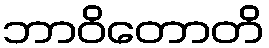
ဘာဝိတောတိ